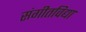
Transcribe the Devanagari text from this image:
संगीतविद्या